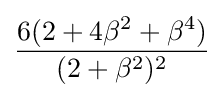
{\frac {6(2+4\beta ^{2}+\beta ^{4})}{(2+\beta ^{2})^{2}}}